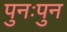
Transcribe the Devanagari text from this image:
पुनःपुन